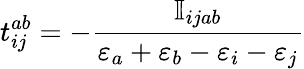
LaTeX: t_{ij}^{ab}=-\frac{\mathbb{I}_{ijab}}{\varepsilon_{a}+\varepsilon_{b}-\varepsilon_{i}-\varepsilon_{j}}